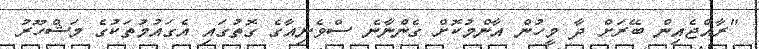
"ރާއްޖެއިން ބޭރަށް ދާ މީހުން އާންމުކޮށް ގެންނާނެ ސްވެނިއާގެ ގޮތުގައި އެގައުމުތަކުގެ މަޝްހޫރު